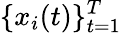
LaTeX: \{ x_{i}(t)\} _{t=1}^{T}